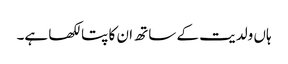
ہاں ولدیت کے ساتھ ان کا پتا لکھا ہے۔